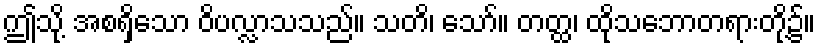
ဤသို့ အစရှိသော ဝိပလ္လာသသည်။ သတိ၊ သော်။ တတ္ထ၊ ထိုသဘောတရားတို့၌။